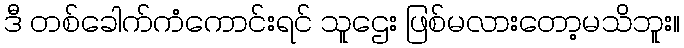
ဒီ တစ်ခေါက်ကံကောင်းရင် သူဌေး ဖြစ်မလားတော့မသိဘူး။